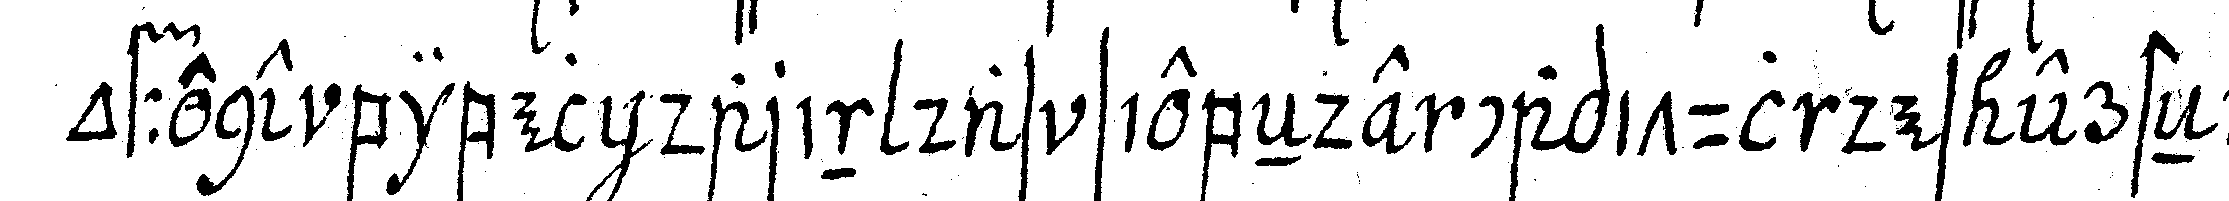
offene bibel darin das siebeNde capitul des ersteN